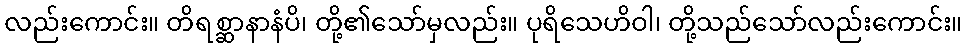
လည်းကောင်း။ တိရစ္ဆာနာနံပိ၊ တို့၏သော်မှလည်း။ ပုရိသေဟိဝါ၊ တို့သည်သော်လည်းကောင်း။